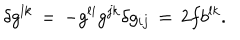
\delta g ^ { l k } \, = \, - g ^ { l i } g ^ { j k } \delta g _ { i j } \, = \, 2 f b ^ { l k } .